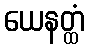
ယေနတ္ထံ